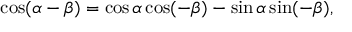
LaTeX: \cos ( \alpha - \beta ) = \cos \alpha \cos ( - \beta ) - \sin \alpha \sin ( - \beta ) ,